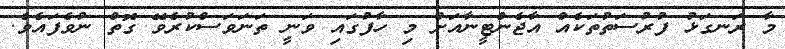
މާ ރަނގަޅު ފުރުސަތުތަކެއް އާޖެންޓީނާއަށް މި ހާފުގައި ވަނީ ތަނަވަސްކުރެވޭ ގޮތް ނުވެފައެވެ.